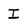
Character: I